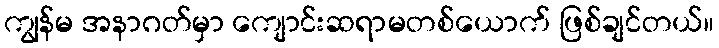
ကျွန်မ အနာဂတ်မှာ ကျောင်းဆရာမတစ်ယောက် ဖြစ်ချင်တယ်။